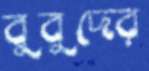
বুবুদের